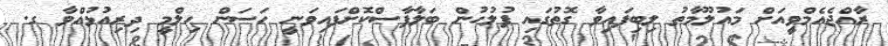
ރާއްޖެއެމްވީއަށް މައުލޫމާތު ލިބިފައިވާ ގޮތުގައި ފުލުހުން ބަލާފާސްކޮށްފައިވަނީ ހަސަން ހިލްމީ ދިރިއުޅުއްވާ ގ.